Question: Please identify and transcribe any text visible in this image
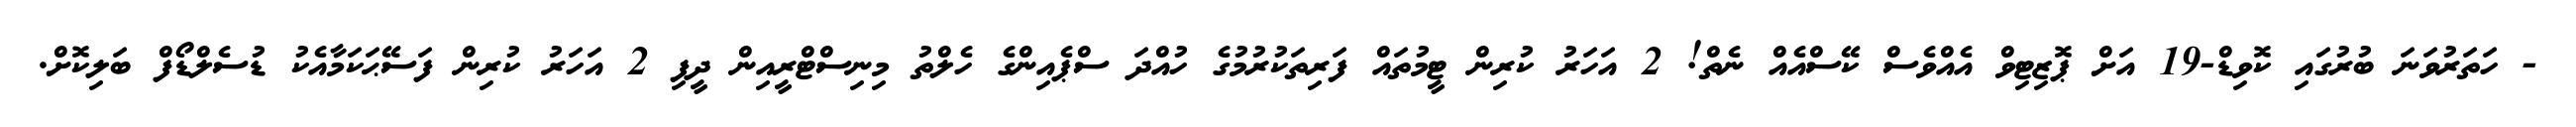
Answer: - ހަތަރުވަނަ ބުރުގައި ކޮވިޑް-19 އަށް ޕޮޒިޓިވް އެއްވެސް ކޭސްއެއް ނެތް! 2 އަހަރު ކުރިން ޓީމުތައް ފަރިތަކުރުމުގެ ހުއްދަ ސްޕެއިންގެ ހެލްތު މިނިސްޓްރީއިން ދީފި 2 އަހަރު ކުރިން ފަސޭޙަކަމާއެކު ޑުސެލްޑޯފް ބަލިކޮށް.